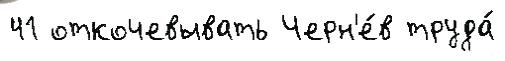
41 откочевывать Черн'е́в труда́